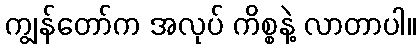
ကျွန်တော်က အလုပ် ကိစ္စနဲ့ လာတာပါ။